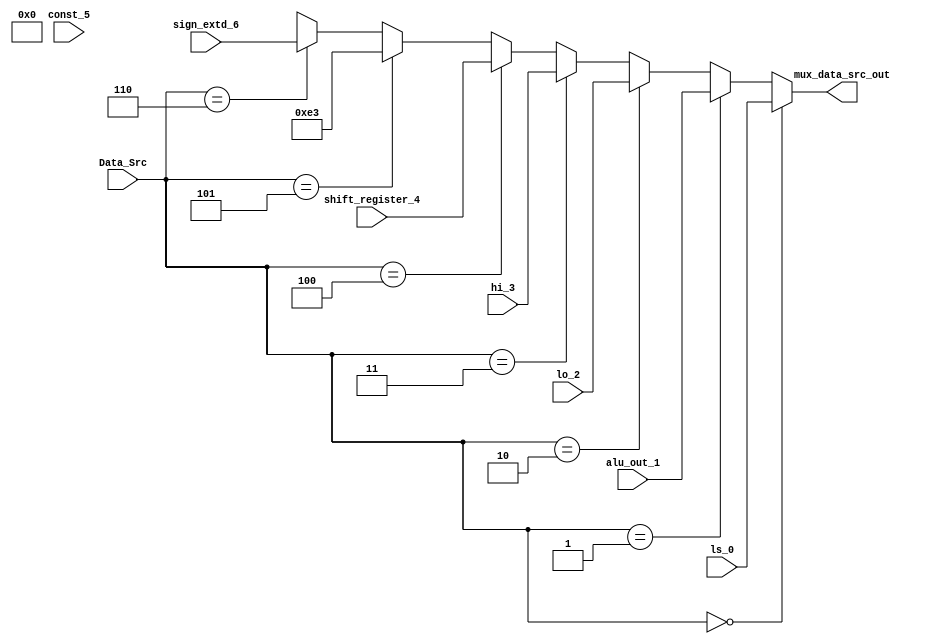
module mux_data_src(
    input wire [2:0] Data_Src,
    input wire [31:0] ls_0, alu_out_1, lo_2, hi_3, shift_register_4, const_5, sign_extd_6, 
    output wire [31:0] mux_data_src_out
);
    
    assign const_5 = 32'd227;
    
    assign mux_data_src_out =   (Data_Src == 3'b000) ?  ls_0:
                                (Data_Src == 3'b001) ?  alu_out_1:
                                (Data_Src == 3'b010) ?  lo_2:
                                (Data_Src == 3'b011) ?  hi_3 :
                                (Data_Src == 3'b100) ?  shift_register_4:
                                (Data_Src == 3'b101) ?  const_5:
                                (Data_Src == 3'b110) ?  sign_extd_6:
                                3'bX;


endmodule